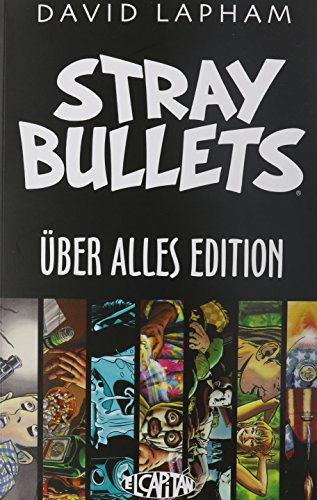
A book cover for Stray Bullets Uber Alles Edition TP; David Lapham; Comics & Graphic Novels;